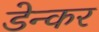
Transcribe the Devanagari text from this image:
डेन्कर